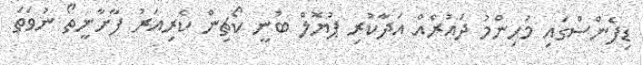
ޑިފެންސްގައި މުހިންމު ދައުރެއް އަދާކުރި ޕުޔޮލް ބުނީ ކޯޗިން ކެރިއަރު ފާށާނީތޯ ނުވަތަ